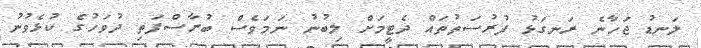
ލަނޑު ޖަހާނެ ރަނގަޅު ފުރުސަތުތައް ދެޓީމަށް ލިބުނު ނަމަވެސް ބުރާސްފަތި ދުވަހުގެ ކުޅެވުނު